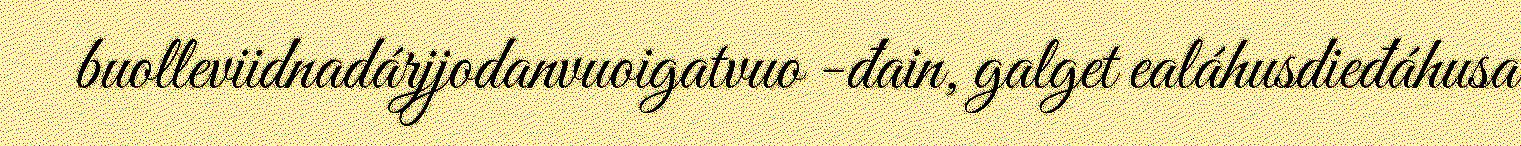
buolleviidnadárjjodanvuoigatvuo -đain, galget ealáhusdieđáhusa